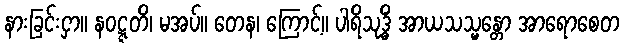
နားခြင်းငှာ။ နဝဋ္ဋတိ၊ မအပ်။ တေန၊ ကြောင့်။ ပါရိသုဒ္ဓိံ အာယသသ္မန္တော အာရောစေတ